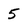
Character: 5